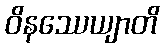
ဝိနဿေယျာတိ